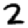
Digit: 2